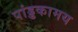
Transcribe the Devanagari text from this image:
पांड्डकामय